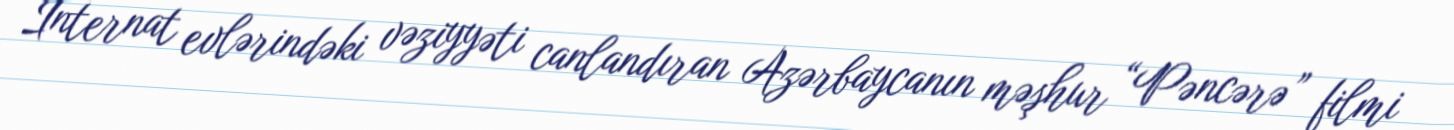
İnternat evlərindəki vəziyyəti canlandıran Azərbaycanın məşhur “Pəncərə” filmi